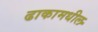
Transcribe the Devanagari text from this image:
ढाकामधील